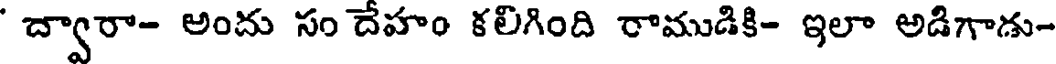
' ద్వారా- అందు సం దేహం కలిగింది రాముడికి- ఇలా అడిగాడు-